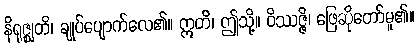
နိရုဇ္ဈတိ၊ ချုပ်ပျောက်လေ၏။ ဣတိ၊ ဤသို့။ ဝိဿဇ္ဇိ၊ ဖြေဆိုတော်မူ၏။